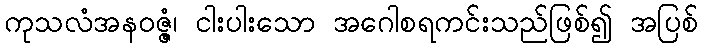
ကုသလံအနဝဇ္ဇံ၊ ငါးပါးသော အဂေါစရကင်းသည်ဖြစ်၍ အပြစ်